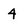
Character: 4